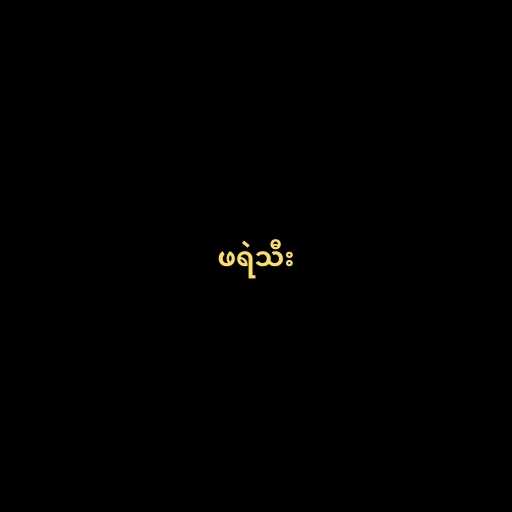
ဖရဲသီး